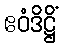
ဧဝံဒိဋ္ဌိံ